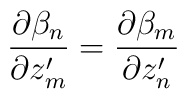
\frac{\partial\beta_n }{\partial z'_m} = \frac{\partial\beta_m }{\partial z'_n}